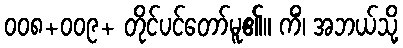
၀၀၈+၀၀၉+ တိုင်ပင်တော်မူ၏။ ကိံ၊ အဘယ်သို့